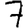
Digit: 7